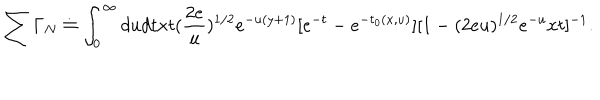
\sum \Gamma _ { N } \doteq \int _ { 0 } ^ { \infty } d u d t x t ( \frac { 2 e } { u } ) ^ { 1 / 2 } e ^ { - u ( y + 1 ) } [ e ^ { - t } - e ^ { - t _ { 0 } ( x , u ) } ] [ 1 - ( 2 e u ) ^ { 1 / 2 } e ^ { - u } x t ] ^ { - 1 } .